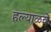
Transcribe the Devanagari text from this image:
हल्याळचे